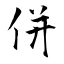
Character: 併